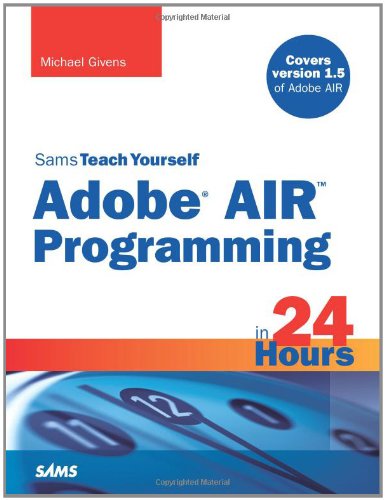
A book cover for Sams Teach Yourself Adobe(r) AIR Programming in 24 Hours; Michael Tyler Givens; Computers & Technology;